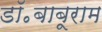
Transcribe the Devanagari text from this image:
डॉ॰बाबूराम